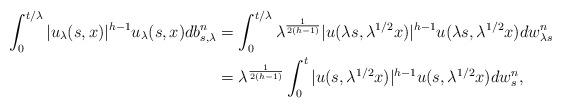
LaTeX: \begin{align*} \int_0^{t/\lambda} |u_{\lambda}(s,x)|^{h-1}u_{\lambda}(s,x) db_{s,\lambda}^n&= \int_0^{t/\lambda} \lambda^{\frac{1}{2(h-1)}} |u(\lambda s,\lambda^{1/2}x)|^{h-1} u(\lambda s,\lambda^{1/2}x) dw_{\lambda s}^n\\ &= \lambda^{\frac{1}{2(h-1)}} \int_0^{t} |u(s,\lambda^{1/2}x)|^{h-1} u(s,\lambda^{1/2}x) dw_{s}^n,\end{align*}